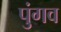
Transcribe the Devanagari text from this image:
पुंगव